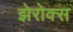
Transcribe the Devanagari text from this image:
झेरोक्स